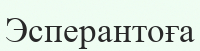
Эсперантоға